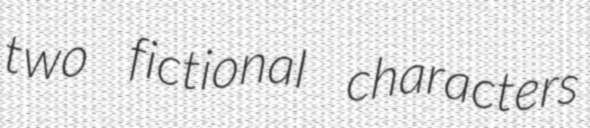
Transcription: two fictional characters